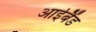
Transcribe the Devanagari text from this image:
आईबैंड